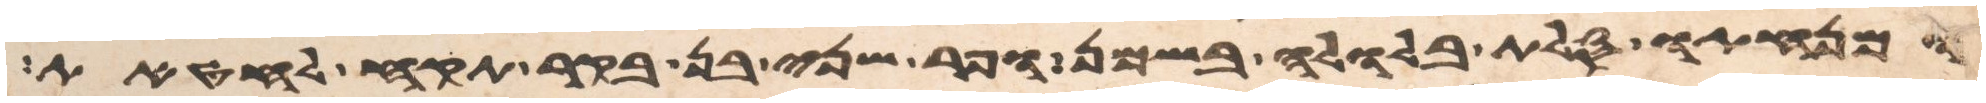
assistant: ומנחתו סלת בלולה בשמן ופר שני בן בקר תקח לחטאת